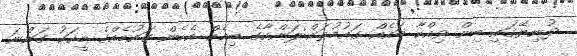
ދުނިޔޭގައި ބިން ވިއްކާ ބައެއް ގައުމުތައް:ލަންކާގެ ބިމެއް އެހެން ގައުމެއްގެ މީހަކު ގަންނަ